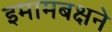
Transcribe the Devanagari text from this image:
इमामबक्षने